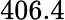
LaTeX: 406.4